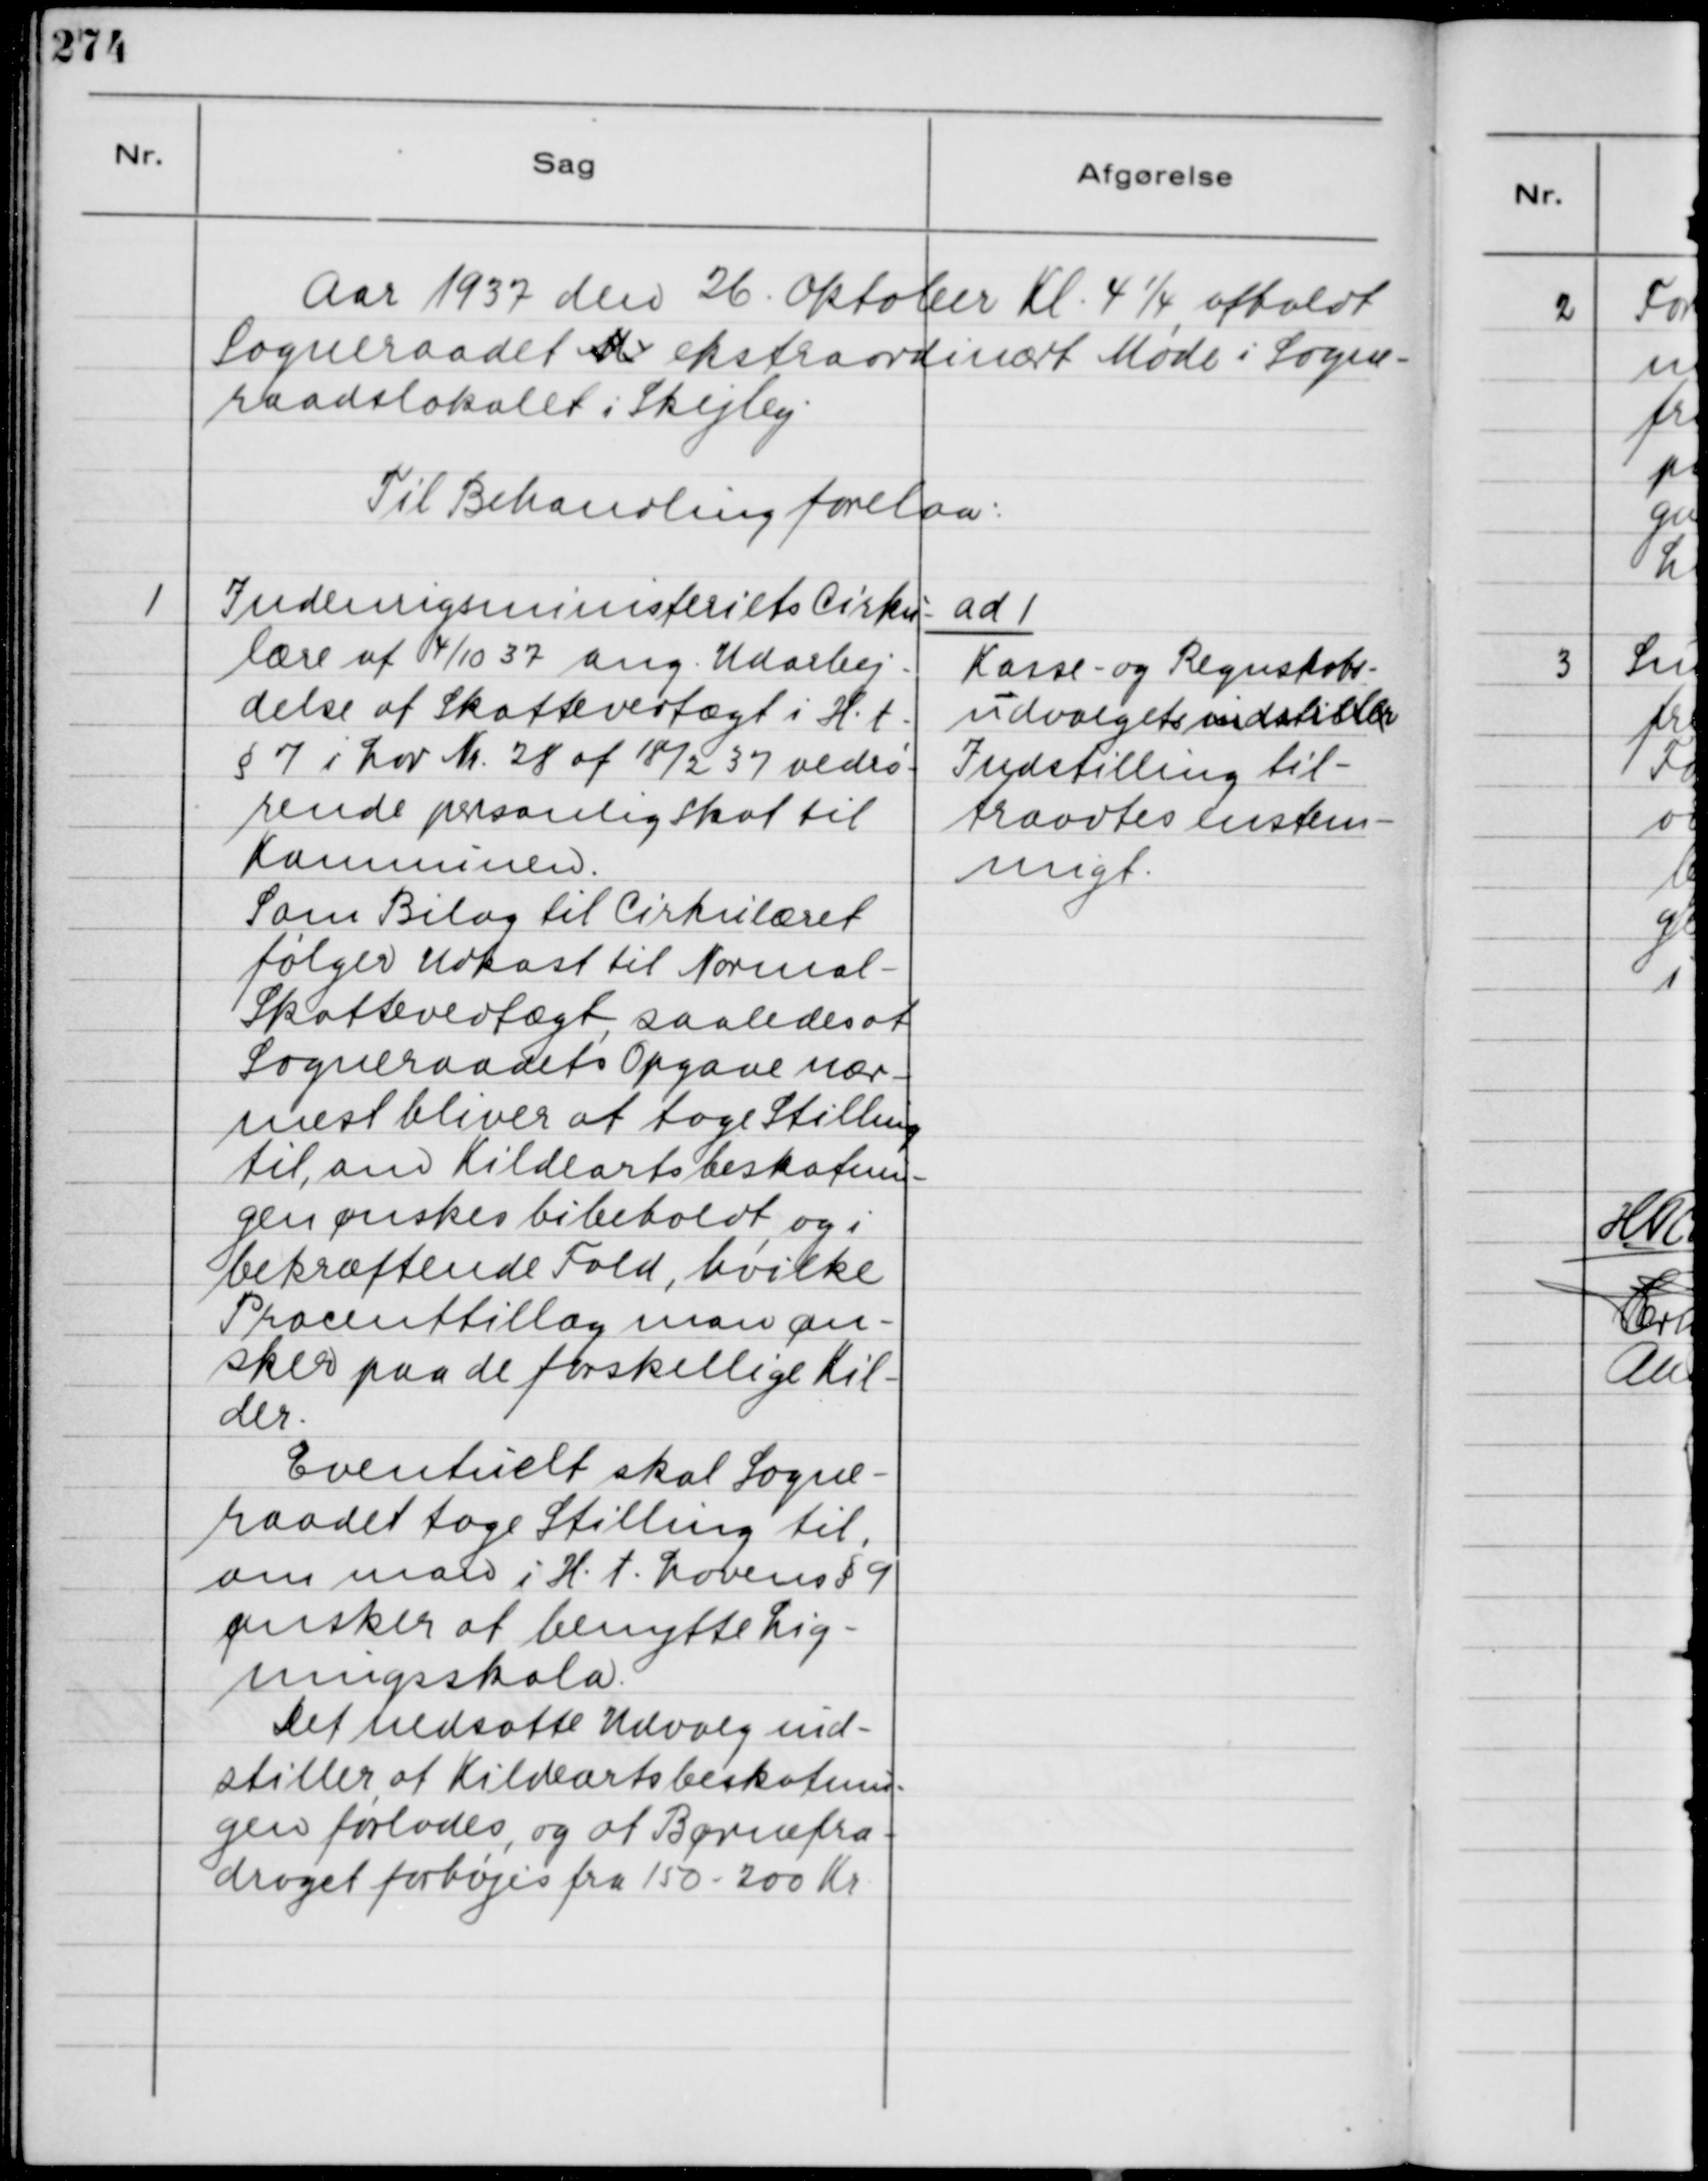
Transskription:
Aar 1937 den 26. Oktober Kl. 4 ¼ afholdt
Sogneraadet M ekstraordinært Møde i Sogne-
raadslokalet i Skejby.
Til Behandling forelaa:

1
Indenrigsministeriets Cirku-
lære af 4/10 37 ang. Udarbej-
delse af Skattevedtægt i H. t
§ 7 i Lov Nr. 28 af 18/2 37 vedrø-
rende personlig Skat til
Komnunen.
Som Bilag til Cirkulæret
følger Udkast til Normal-
Skattevedtægt, saaledes at
Sogneraadets Opgave nær-
mest bliver at tage Stilling
til, om Kildeartsbeskatnin-
gen ønskes bibeholdt og i
bekræftende Fald, hvilke
Procenttillæg man øn-
sker paa de forskellige Kil-
der.
Eventuelt skal Sogne-
raadet tage Stilling til,
om man i H. t. Lovens § 9
ønsker at benytte Lig-
ningsskala.
Det nedsatte Udvalg ind-
stiller, at Kildeartsbeskatnin
gen forlades, og at Børnefra-
draget forhøjes fra 150-200 Kr.

ad 1
Kasse- og Regnskabs-
udvalgets indstiller
Indstilling til-
traadtes enstem-
migt.